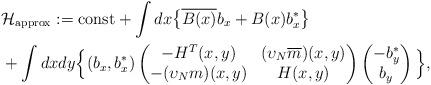
LaTeX: \begin{align*}&\mathcal{H}_\mathrm{approx} := \mathrm{const} + \int{dx \big\{\overline{B(x)} b_x + B(x) b_x^\ast\big\}} \\&+\int{dx dy\Big\{(b_x, b_x^\ast)\begin{pmatrix} -H^T(x,y) & ( \upsilon_N \overline{m})(x,y) \\ -( \upsilon_N m)(x,y) & H(x,y)\end{pmatrix} \begin{pmatrix} -b_y^\ast \\ b_y\end{pmatrix}\Big\}},\end{align*}